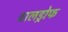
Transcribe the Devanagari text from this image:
वालड्रोफ